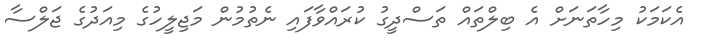
އެކަމަކު މިހާތަނަށް އެ ބިލްތައް ތަސްދީގު ކުރައްވާފައި ނެތުމުން މަޖިލީހުގެ މިއަދުގެ ޖަލްސާ